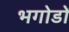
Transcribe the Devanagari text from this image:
भगोडों